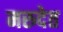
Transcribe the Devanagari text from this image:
मरुदेत